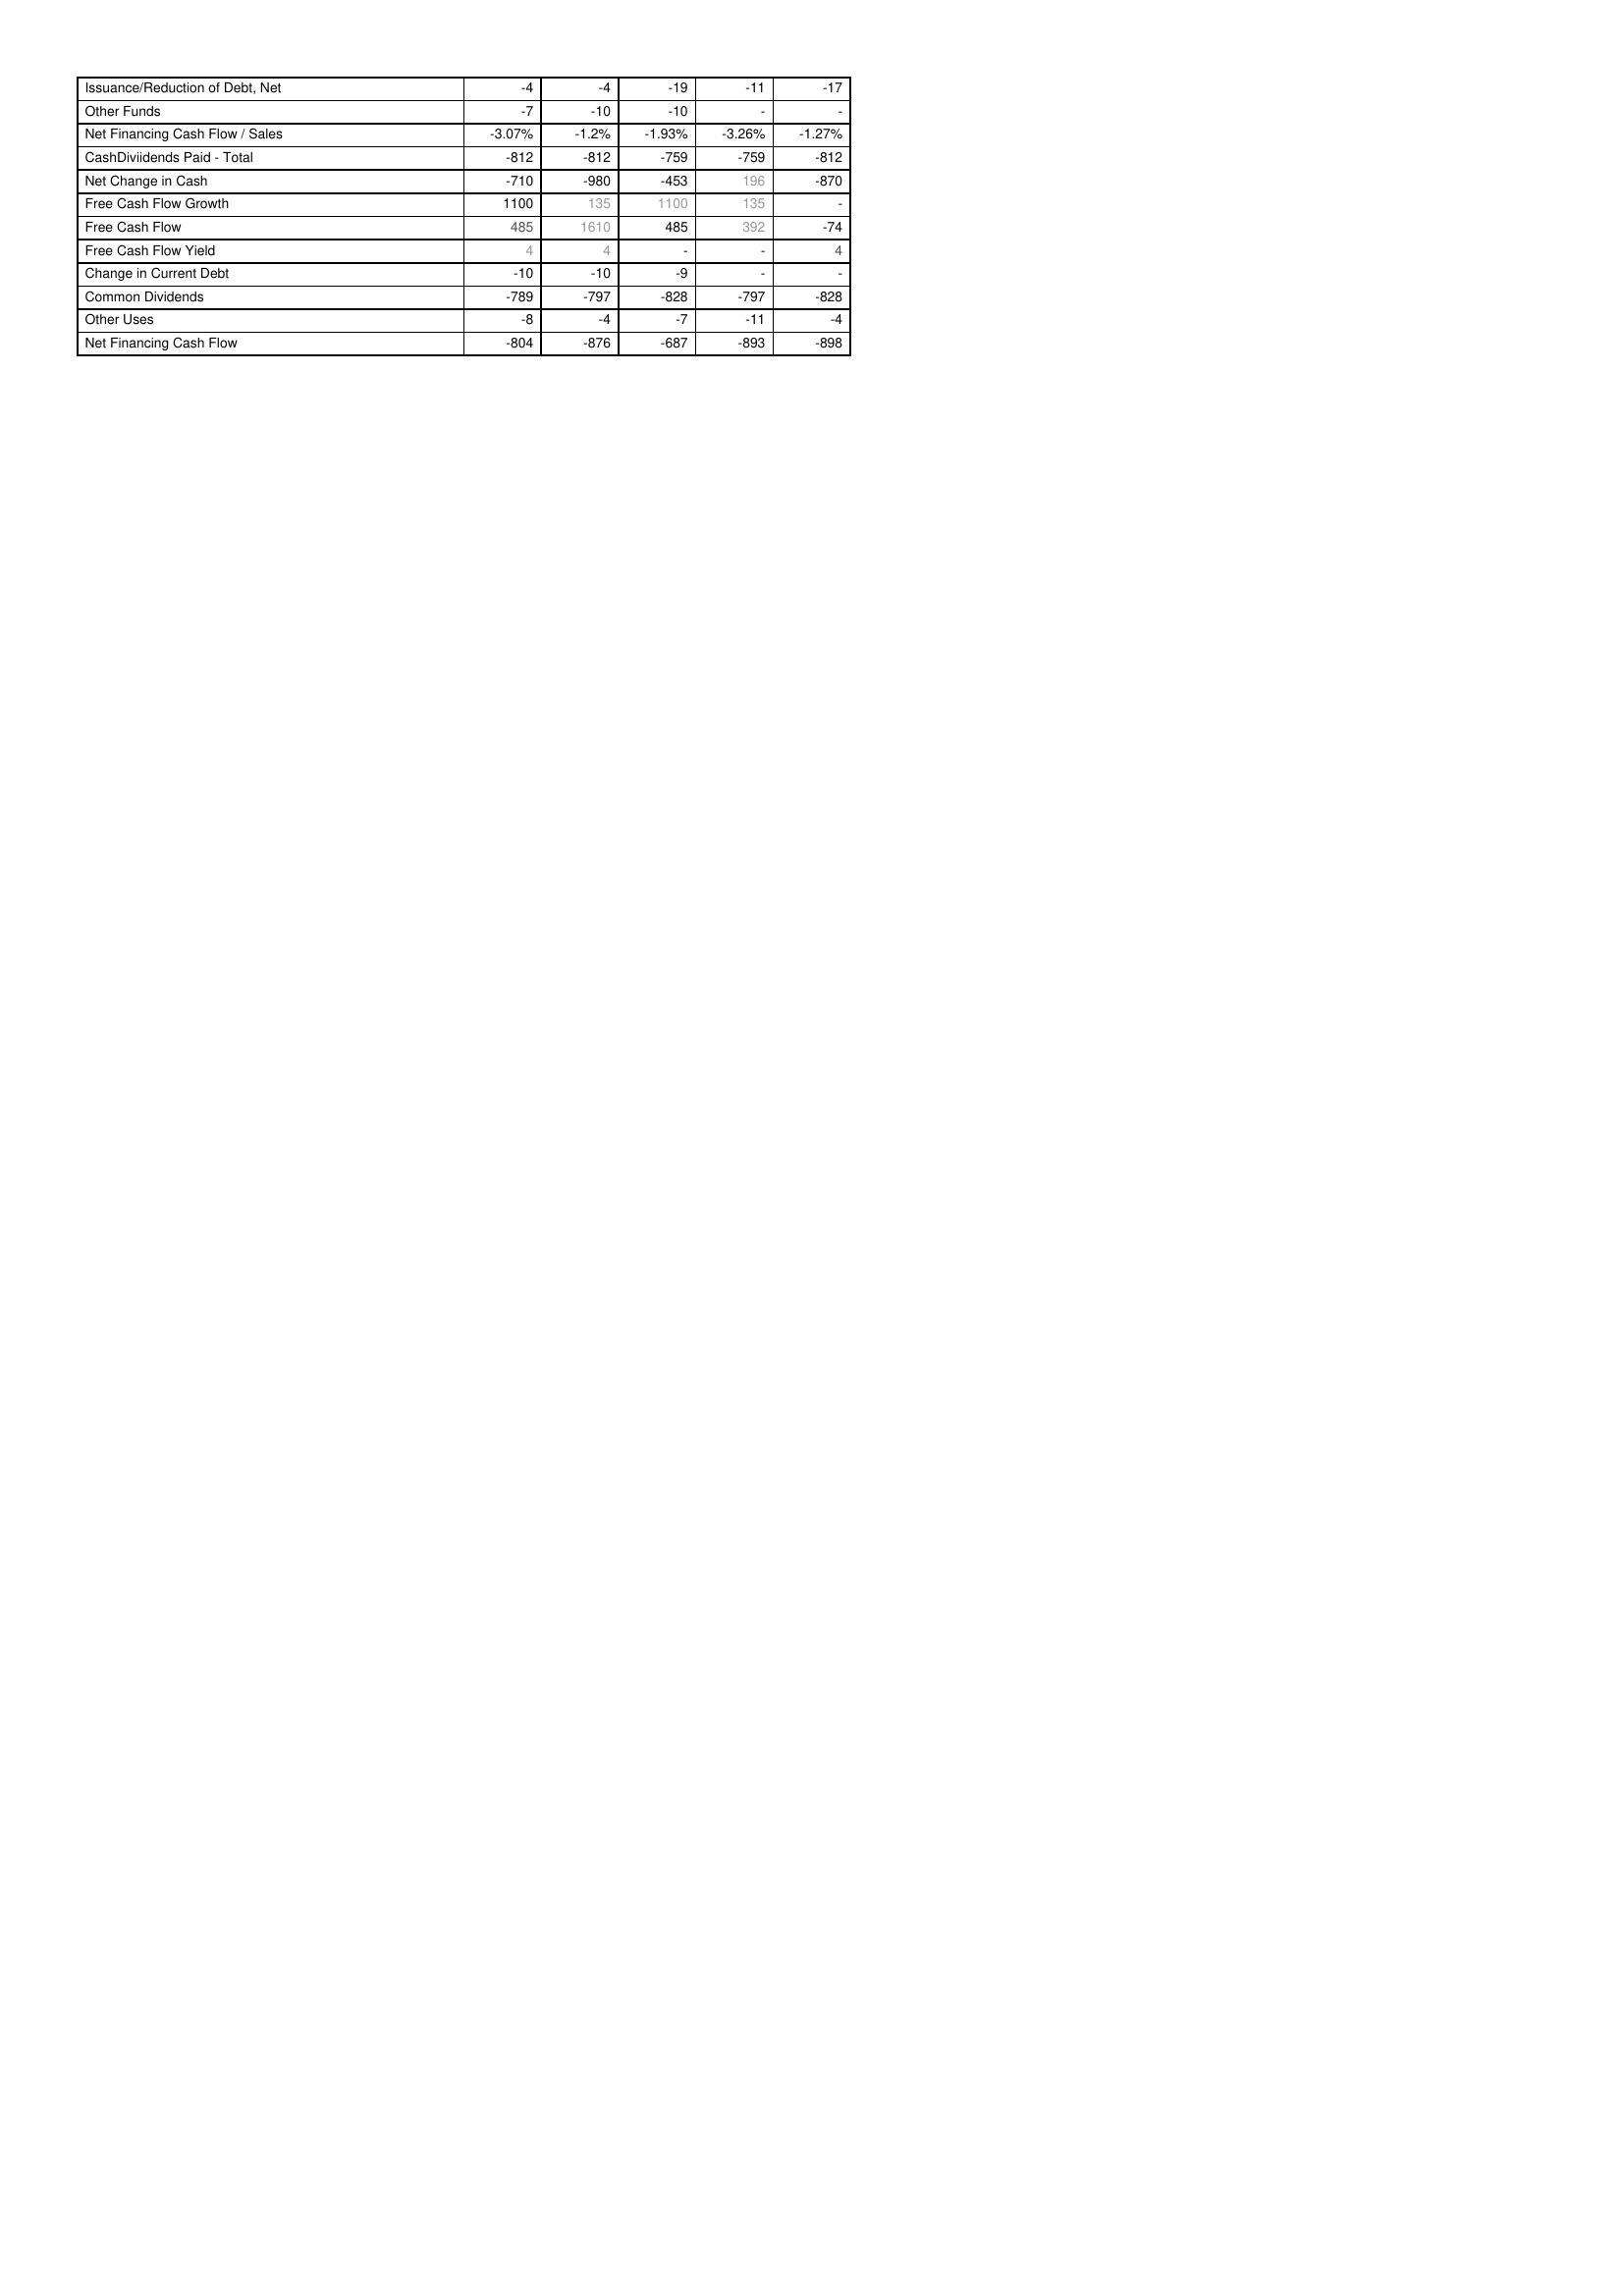
2022: Financing Activities: Issuance/Reduction of Debt, Net: -4
Other Funds: -7
Net Financing Cash Flow / Sales: -3.07%
CashDiviidends Paid - Total: -812
Net Change in Cash: -710
Free Cash Flow Growth: 1100
Free Cash Flow: 485
Free Cash Flow Yield: 4
Change in Current Debt: -10
Common Dividends: -789
Other Uses: -8
Net Financing Cash Flow: -804
2023: Financing Activities: Issuance/Reduction of Debt, Net: -4
Other Funds: -10
Net Financing Cash Flow / Sales: -1.2%
CashDiviidends Paid - Total: -812
Net Change in Cash: -980
Free Cash Flow Growth: 135
Free Cash Flow: 1610
Free Cash Flow Yield: 4
Change in Current Debt: -10
Common Dividends: -797
Other Uses: -4
Net Financing Cash Flow: -876
2024: Financing Activities: Issuance/Reduction of Debt, Net: -19
Other Funds: -10
Net Financing Cash Flow / Sales: -1.93%
CashDiviidends Paid - Total: -759
Net Change in Cash: -453
Free Cash Flow Growth: 1100
Free Cash Flow: 485
Free Cash Flow Yield: -
Change in Current Debt: -9
Common Dividends: -828
Other Uses: -7
Net Financing Cash Flow: -687
2025: Financing Activities: Issuance/Reduction of Debt, Net: -11
Other Funds: -
Net Financing Cash Flow / Sales: -3.26%
CashDiviidends Paid - Total: -759
Net Change in Cash: 196
Free Cash Flow Growth: 135
Free Cash Flow: 392
Free Cash Flow Yield: -
Change in Current Debt: -
Common Dividends: -797
Other Uses: -11
Net Financing Cash Flow: -893
2026: Financing Activities: Issuance/Reduction of Debt, Net: -17
Other Funds: -
Net Financing Cash Flow / Sales: -1.27%
CashDiviidends Paid - Total: -812
Net Change in Cash: -870
Free Cash Flow Growth: -
Free Cash Flow: -74
Free Cash Flow Yield: 4
Change in Current Debt: -
Common Dividends: -828
Other Uses: -4
Net Financing Cash Flow: -898